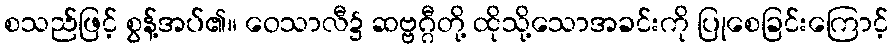
စသည်ဖြင့် စွန့်အပ်၏။ ဝေသာလီ၌ ဆဗ္ဗဂ္ဂီတို့ ထိုသို့သောအခင်းကို ပြုစေခြင်းကြောင့်